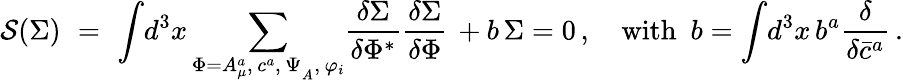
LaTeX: {\cal S}(\Sigma)\, \, =\, \, \displaystyle{\int}d^{3}x\, \displaystyle{\sum_{\Phi=A_{\mu}^{a},\, c^{a},\, \Psi_{_A},\, \varphi_{i}}^{}}{\displaystyle{\frac{\delta\Sigma}{\delta\Phi^{*}}}}{\displaystyle{\frac{\delta\Sigma}{\delta\Phi}}}\, +b\, \Sigma=0\, ,\quad\mathrm{with~}\ b=\displaystyle{\int}d^{3}x\, b^{a}{{\displaystyle{\frac{\delta}{\delta\bar{c}^{a}}}}}\, .